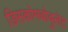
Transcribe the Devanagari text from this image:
डिसकोमबोबुलेट